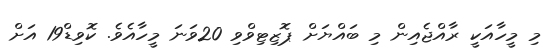
މި މީހާއަކީ ރާއްޖެއިން މި ބައްޔަށް ޕޮޒިޓިވްވި 20ވަނަ މީހާއެވެ. ކޮވިޑް19 އަށް